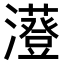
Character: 𤃥